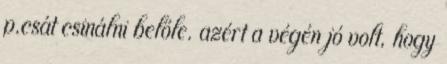
p.csát csinálni belőle. azért a végén jó volt, hogy